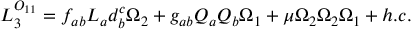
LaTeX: { \cal L } _ { 3 } ^ { { \cal O } _ { 1 1 } } = f _ { a b } L _ { a } d _ { b } ^ { c } \Omega _ { 2 } + g _ { a b } Q _ { a } Q _ { b } \Omega _ { 1 } + \mu \Omega _ { 2 } \Omega _ { 2 } \Omega _ { 1 } + h . c .